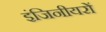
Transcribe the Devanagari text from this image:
इंजिनीयरों